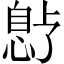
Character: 𫺱